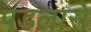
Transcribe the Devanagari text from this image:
पडलासे